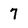
Character: 7